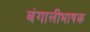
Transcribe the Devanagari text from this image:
बंगालीभाषक